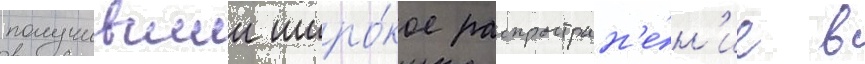
получившии широ́кое распростран'е́н'ие в